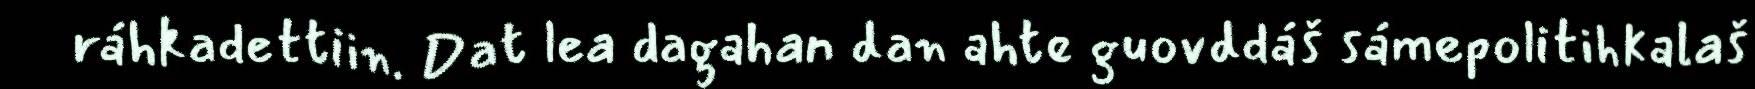
ráhkadettiin. Dat lea dagahan dan ahte guovddáš sámepolitihkalaš